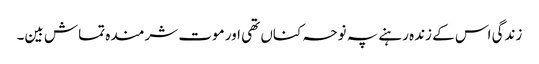
زندگی اس کے زندہ رہنے پہ نوحہ کناں تھی اور موت شرمندہ تماش بین۔